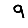
Digit: 9